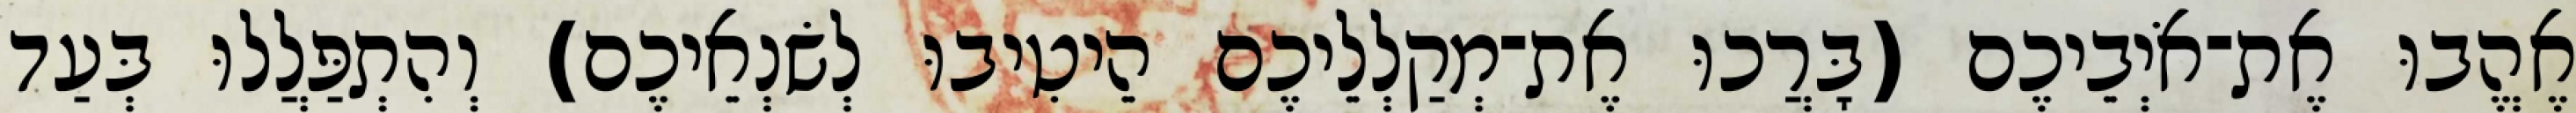
אֶהֱבוּ אֶת־אֹיְבֵיכֶם (בָּרֲכוּ אֶת־מְקַלְלֵיכֶם הֵיטִיבוּ לְשׂנְאֵיכֶם) וְהִתְפַּלֲלוּ בְּעַד